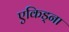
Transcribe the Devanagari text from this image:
एकिड्ना